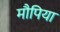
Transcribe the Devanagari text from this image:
मौपिया